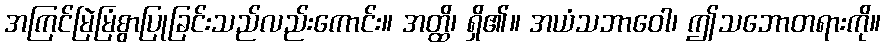
အကြင်မြဲမြံစွာပြုခြင်းသည်လည်းကောင်း။ အတ္ထိ၊ ရှိ၏။ အယံသဘာဝေါ၊ ဤသဘောတရားကို။